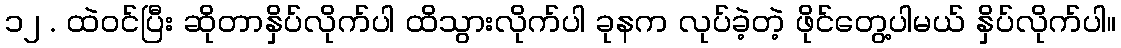
၁၂ . ထဲဝင်ပြီး ဆိုတာနှိပ်လိုက်ပါ ထိသွားလိုက်ပါ ခုနက လုပ်ခဲ့တဲ့ ဖိုင်တွေ့ပါမယ် နှိပ်လိုက်ပါ။